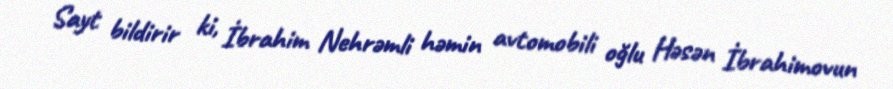
Sayt bildirir ki, İbrahim Nehrəmli həmin avtomobili oğlu Həsən İbrahimovun